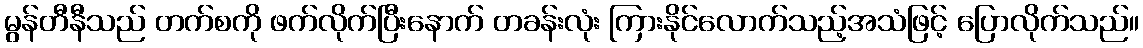
မွန်တီနီသည် တက်စကို ဖက်လိုက်ပြီးနောက် တခန်းလုံး ကြားနိုင်လောက်သည့်အသံဖြင့် ပြောလိုက်သည်။